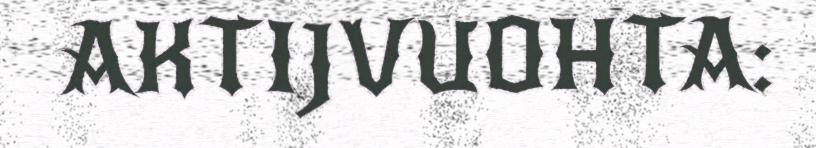
AKTIJVUOHTA: